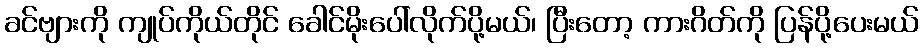
ခင်ဗျားကို ကျုပ်ကိုယ်တိုင် ခေါင်မိုးပေါ်လိုက်ပို့မယ်၊ ပြီးတော့ ကားဂိတ်ကို ပြန်ပို့ပေးမယ်